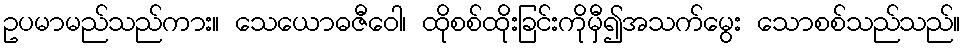
ဥပမာမည်သည်ကား။ သေယောဓဇီဝေါ၊ ထိုစစ်ထိုးခြင်းကိုမှီ၍အသက်မွေး သောစစ်သည်သည်။